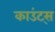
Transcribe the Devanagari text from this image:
काउंट्स